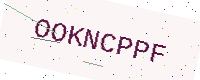
Text: OOKNCPPF